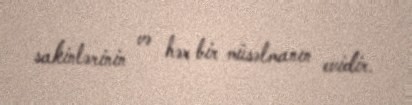
sakinlərinin və hər bir müsəlmanın evidir.